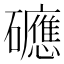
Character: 𥗡